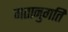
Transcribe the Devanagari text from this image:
गतानुगति